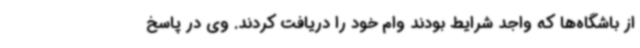
از باشگاه‌ها که واجد شرایط بودند وام خود را دریافت کردند. وی در پاسخ